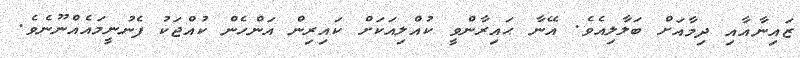
ޒައިނާއާއި ދިމާއަށް ބަލާލިއެވެ. އޭނާ ޙައިރާންވީ ކުއްލިއަަކަށް ކައިރިން އަންހެން ކުއްޖަކު ފެނުނީމައެއްނޫނެވެ.